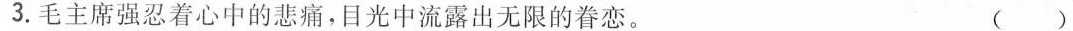
3.毛主席强忍着心中的悲痛，目光中流露出无限的眷恋。 ()